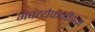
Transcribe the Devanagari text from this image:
भवत्येकनीडम